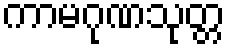
ကာမဂုဏသုတ္တ